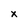
Character: x